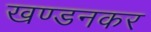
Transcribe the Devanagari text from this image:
खण्डनकर